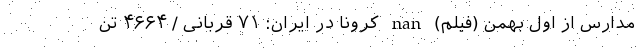
مدارس از اول بهمن (فیلم) nan کرونا در ایران: ۷۱ قربانی / ۴۶۶۴ تَن